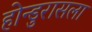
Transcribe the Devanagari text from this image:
होन्डुरासला